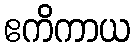
ဧကိကာယ